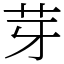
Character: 芽